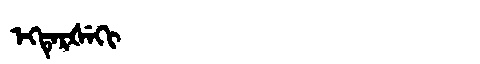
Manchu: ᡝᡴᡨᡝᡵᡧᡝᡴᡳ
Romanization: EKTERŠEKI